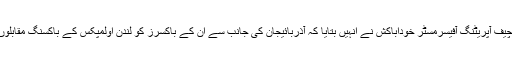
خفیہ معلومات کو منظرِ عام پر لانے والوں کے مطابق اے آئی بی اے کے چیف آپریٹنگ آفیسرمسٹر خوداباکش نے انہیں بتایا کہ آذربائیجان کی جانب سے ان کے باکسرز کو لندن اولمپکس کے باکسنگ مقابلوں میں سونے کا تمخہ جتوانے کے لیے خفیہ طور پر فنڈنگ کی جا رہی ہے۔